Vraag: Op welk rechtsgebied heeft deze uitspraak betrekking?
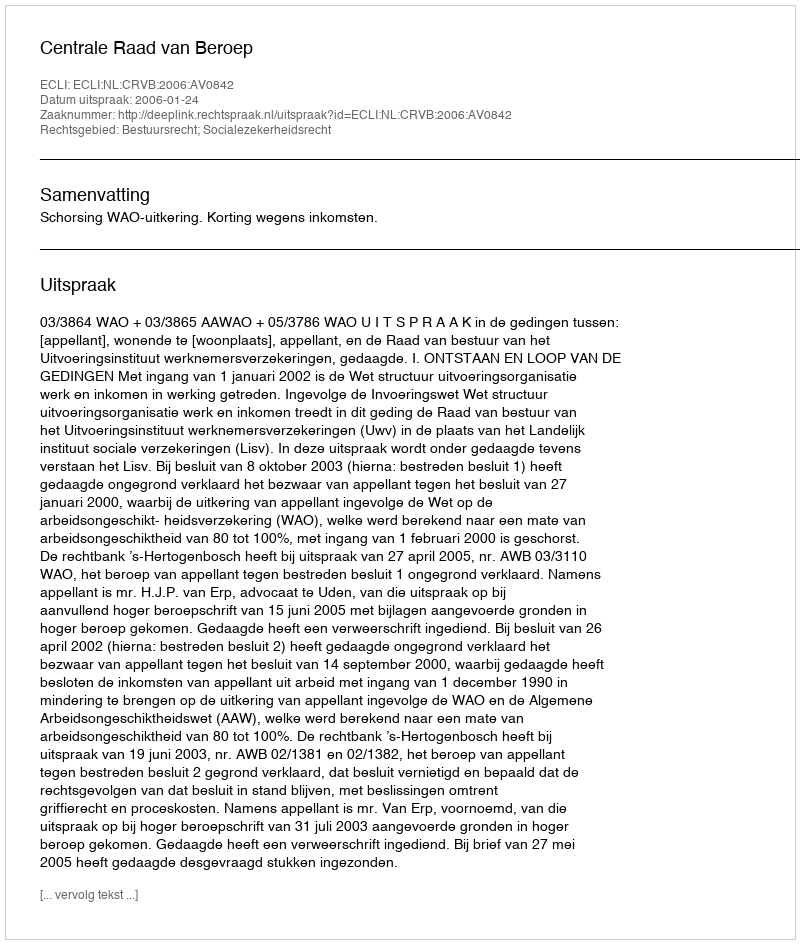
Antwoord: Bestuursrecht; Socialezekerheidsrecht